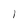
Character: 1